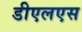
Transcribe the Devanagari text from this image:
डीएलएस